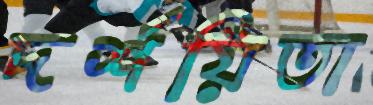
দর্শয়িতা